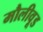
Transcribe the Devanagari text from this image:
मौलीवूड